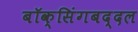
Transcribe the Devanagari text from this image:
बॉक्सिंगबद्दल